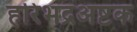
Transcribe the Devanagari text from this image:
हरिभद्रअष्टक